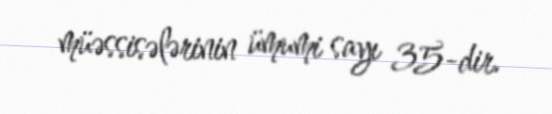
müəssisələrinin ümumi sayı 35-dir.